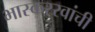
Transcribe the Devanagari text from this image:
भास्कररवांची